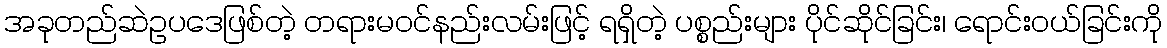
အခုတည်ဆဲဥပဒေဖြစ်တဲ့ တရားမဝင်နည်းလမ်းဖြင့် ရရှိတဲ့ ပစ္စည်းများ ပိုင်ဆိုင်ခြင်း၊ ရောင်းဝယ်ခြင်းကို